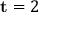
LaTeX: \mathbf { t } = 2